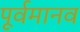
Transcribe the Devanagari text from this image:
पूर्वमानव